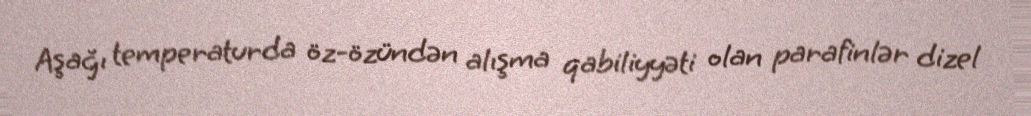
Aşağı temperaturda öz-özündən alışma qabiliyyəti olan parafinlər dizel